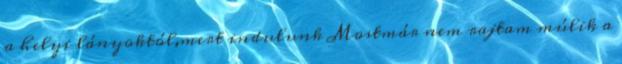
a helyi lányoktól,mert indulunk Mostmár nem rajtam múlik a